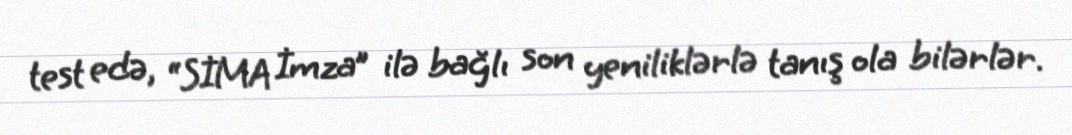
test edə, “SİMA İmza” ilə bağlı son yeniliklərlə tanış ola bilərlər.